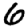
Digit: 6